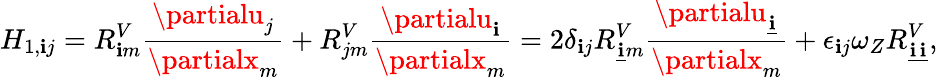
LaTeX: H_{1,\mathbf{i}j}=R_{\mathbf{i}m}^{V}\frac{{\partialu_{j}}}{{\partialx_{m}}}+R_{jm}^{V}\frac{{\partialu_{\mathbf{i}}}}{{\partialx_{m}}}=2\delta_{\mathbf{i}j}R_{\underline{{{\mathbf{i}}}}m}^{V}\frac{{\partialu_{\underline{{{\mathbf{i}}}}}}}{{\partialx_{m}}}+\epsilon_{\mathbf{i}j}\omega_{Z}R_{\underline{{{\mathbf{i}}}}\underline{{{\mathbf{i}}}}}^{V},